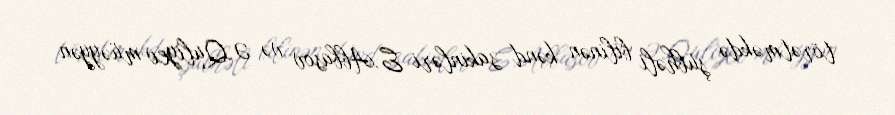
törətməkdə şübhəli bilinən kənd sakinləri E.Abbasov və Ə.Quliyev müəyyən